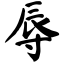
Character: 辱